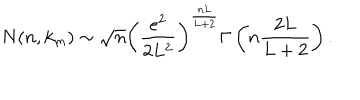
N ( n , k _ { m } ) \sim \sqrt { n } \left( \frac { e ^ { 2 } } { 2 L ^ { 2 } } \right) ^ { \frac { n L } { L + 2 } } \Gamma \left( n \frac { 2 L } { L + 2 } \right) .